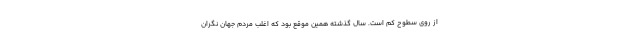
از روی سطوح کم است. سال گذشته همین موقع بود که اغلب مردم جهان نگران